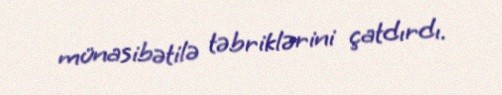
münasibətilə təbriklərini çatdırdı.